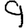
Digit: 9